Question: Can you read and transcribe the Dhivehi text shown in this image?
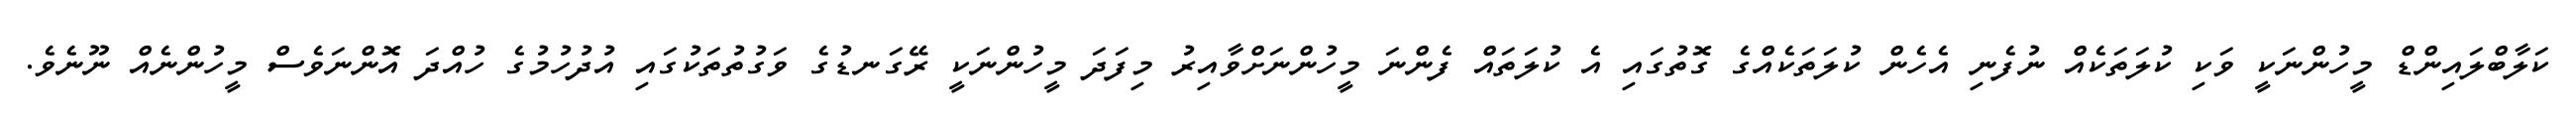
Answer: ކަލާބްލައިންޑް މީހުންނަކީ ވަކި ކުލަތަކެއް ނުފެނި އެހެން ކުލަތަކެއްގެ ގޮތުގައި އެ ކުލަތައް ފެންނަ މީހުންނަށްވާއިރު މިފަދަ މީހުންނަކީ ރޭގަނޑުގެ ވަގުތުތަކުގައި އުދުހުމުގެ ހުއްދަ އޮންނަވެސް މީހުންނެއް ނޫނެވެ.